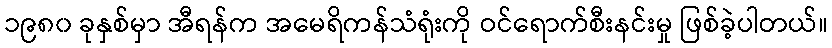
၁၉၈၀ ခုနှစ်မှာ အီရန်က အမေရိကန်သံရုံးကို ဝင်ရောက်စီးနင်းမှု ဖြစ်ခဲ့ပါတယ်။